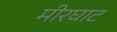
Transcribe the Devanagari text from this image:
मीरघाट